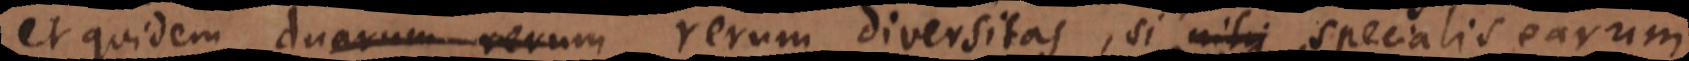
et quidem rerum diversitas, si nihi specialis earum